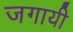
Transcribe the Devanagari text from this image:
जगायी